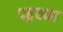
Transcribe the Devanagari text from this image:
पहुचना